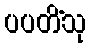
ပပတိံသု